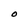
Character: O